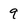
Character: 9